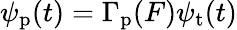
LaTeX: \psi_{\mathrm{p}}(t)=\Gamma_{\mathrm{p}}(F)\psi_{\mathrm{t}}(t)